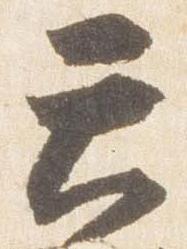
天